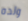
ولده